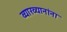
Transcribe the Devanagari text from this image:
व्याख्यानांना